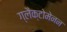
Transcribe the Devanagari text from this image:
ग्लैक्टोमेनन